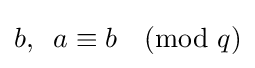
b,\;\;a\equiv b{\pmod {q}}